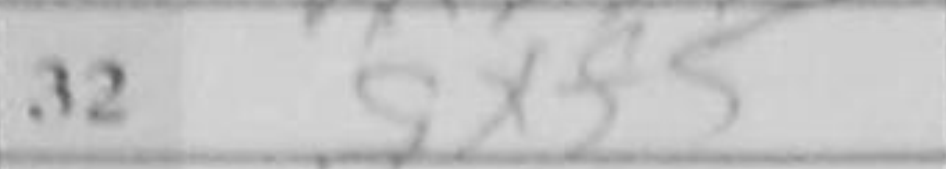
Transcription: gxf5